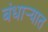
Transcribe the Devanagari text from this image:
बंधाऱ्यात